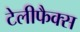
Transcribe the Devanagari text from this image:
टेलीफैक्स